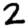
Digit: 2